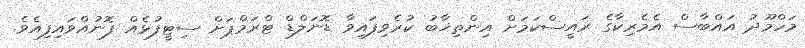
މަހްމޫދު އައްބާސް އެމެރިކާގެ ރައީސްކަމަށް އިންތިޚާބު ކުރެވިފައިވާ ޑޮނަލްޑް ޓްރަމްޕަށް ސިޓީފުޅެއް ފޮނުއްވައިފިއެވެ.